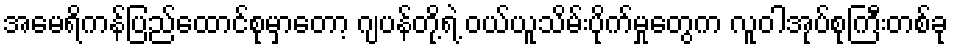
အမေရိကန်ပြည်ထောင်စုမှာတော့ ဂျပန်တို့ရဲ့ ဝယ်ယူသိမ်းပိုက်မှုတွေက လူဝါအုပ်စုကြီးတစ်ခု